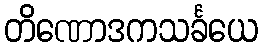
တိဏောဒကသင်္ခယေ